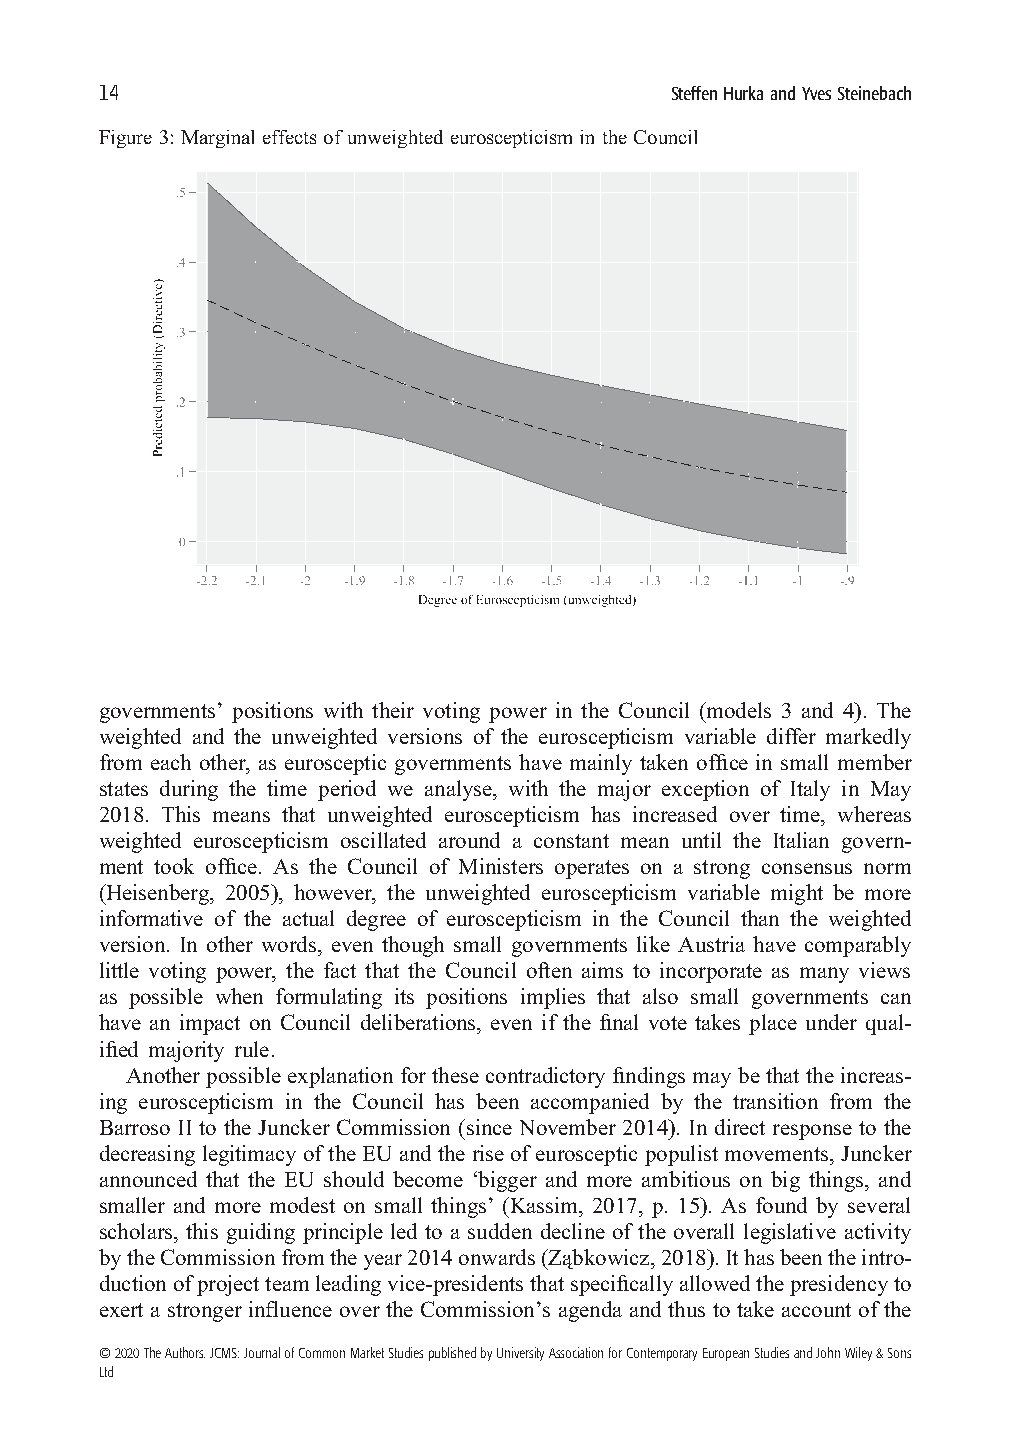
14
 SteffenHurkaandYvesSteinebach
 Figure 3: Marginaleffectsof unweighted euroscepticism in the Council
 governments’ positions with their voting power in the Council (models 3 and 4). The
 weighted and the unweighted versions of the euroscepticism variable differ markedly
 from each other, as eurosceptic governments have mainly taken office in small member
 states during the time period we analyse, with the major exception of Italy in May
 2018. This means that unweighted euroscepticism has increased over time, whereas
 weighted euroscepticism oscillated around a constant mean until the Italian govern-
 ment took office. As the Council of Ministers operates on a strong consensus norm
 (Heisenberg, 2005), however, the unweighted euroscepticism variable might be more
 informative of the actual degree of euroscepticism in the Council than the weighted
 version. In other words, even though small governments like Austria have comparably
 little voting power, the fact that the Council often aims to incorporate as many views
 as possible when formulating its positions implies that also small governments can
 have an impact on Council deliberations, even if the final vote takes place under qual-
 ified majority rule.
 Another possible explanation for these contradictory findings may be that the increas-
 ing euroscepticism in the Council has been accompanied by the transition from the
 Barroso II to the Juncker Commission (since November 2014). In direct response to the
 decreasing legitimacyoftheEUandtheriseofeuroscepticpopulistmovements,Juncker
 announced that the EU should become ‘bigger and more ambitious on big things, and
 smaller and more modest on small things’ (Kassim, 2017, p. 15). As found by several
 scholars, this guiding principle led to a sudden decline of the overall legislative activity
 bytheCommissionfromtheyear2014onwards(Ząbkowicz,2018).Ithasbeentheintro-
 ductionofprojectteamleadingvice-presidentsthatspecificallyallowedthepresidencyto
 exert a stronger influence over the Commission’s agenda and thus to take account of the
 ©2020TheAuthors.JCMS:JournalofCommonMarketStudiespublishedbyUniversityAssociationforContemporaryEuropeanStudiesandJohnWiley&Sons
 Ltd